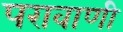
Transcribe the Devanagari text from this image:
परावाणी